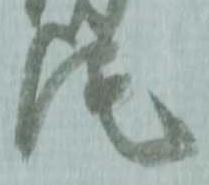
尾